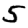
Digit: 5